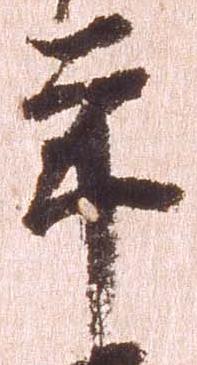
年